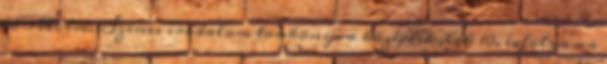
10 Alcím: Színes irodalom tankönyv a középiskolák 10. évfolyama